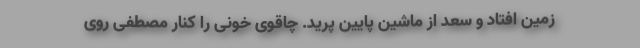
زمین افتاد و سعد از ماشین پایین پرید. چاقوی خونی را کنار مصطفی روی